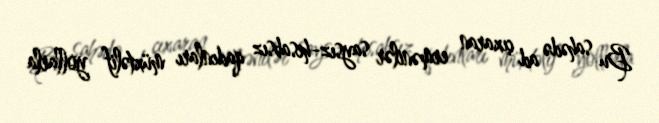
Bu sahədə ad çıxaran ermənilər saysız-hesabsız qadınları müxtəlif yollarla